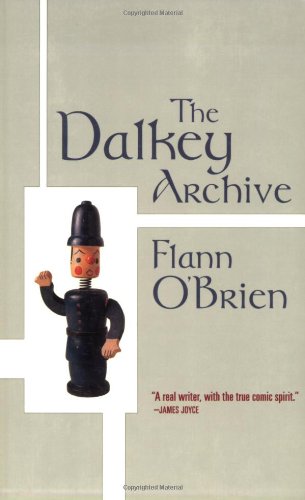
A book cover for The Dalkey Archive; Flann O'Brien; Literature & Fiction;